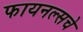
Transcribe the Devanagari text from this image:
फायनल्सचे